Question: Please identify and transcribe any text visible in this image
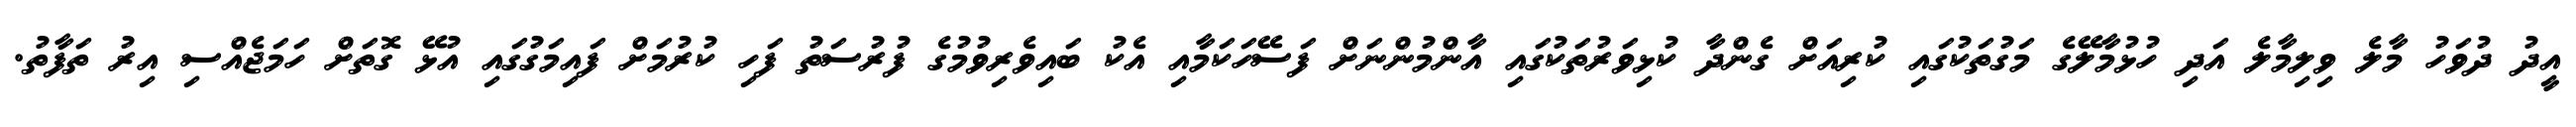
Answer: އީދު ދުވަހު މާލެ ވިލިމާލެ އަދި ހުޅުމާލޭގެ މަގުތަކުގައި ކުރިއަށް ގެންދާ ކުޅިވަރުތަކުގައި އާންމުންނަށް ފަސޭހަކަމާއި އެކު ބައިވެރިވުމުގެ ފުރުސަތު ފަހި ކުރުމަށް ފައިމަގުގައި އުޅޭ ގޮތަށް ހަމަޖެއްސި އިރު ތަފާތު.